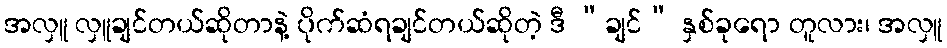
အလှူ လှူချင်တယ်ဆိုတာနဲ့ ပိုက်ဆံရချင်တယ်ဆိုတဲ့ ဒီ “ချင်” နှစ်ခုရော တူလား၊ အလှူ